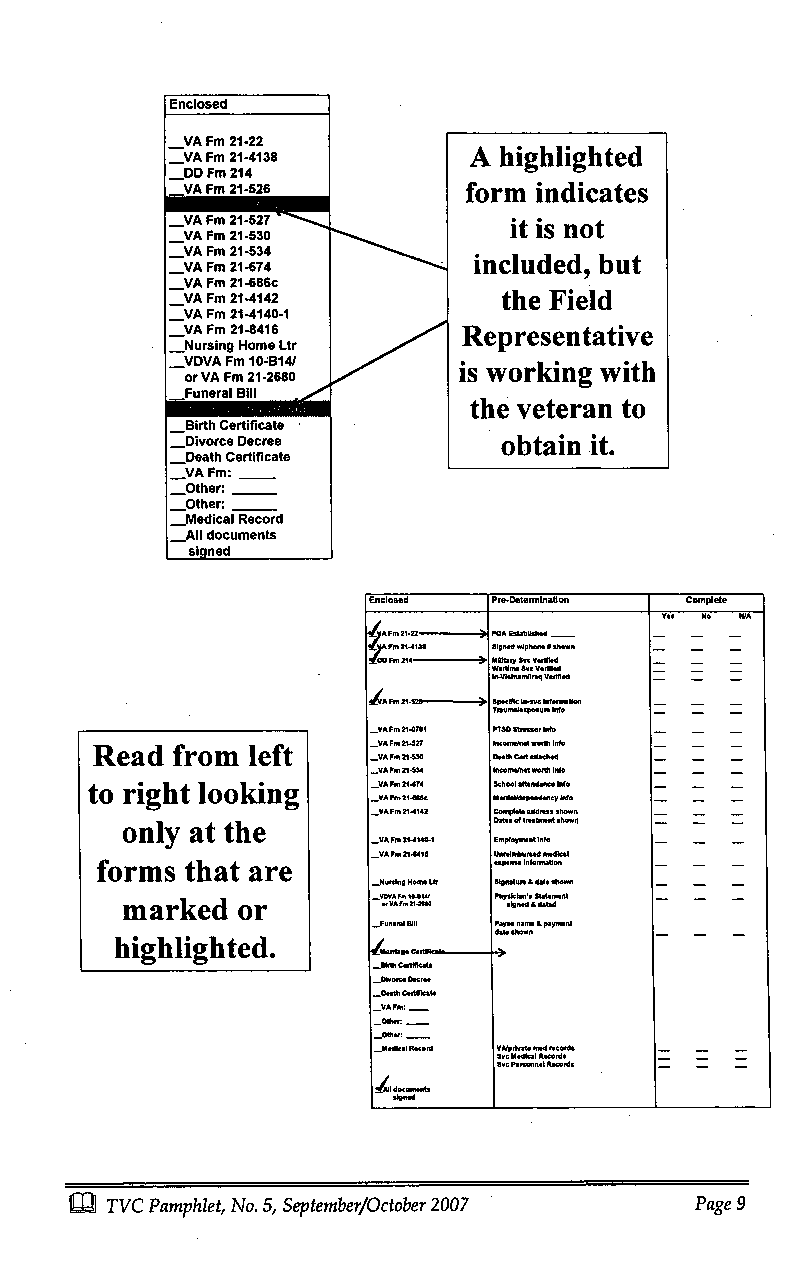
Enclosed
 VA Fm 21-22
 A highlighted
 VA Fm 21-4138
 _DD Fm 214
 VA Fm 21-526       form indicates
 VA Fm 21-527
 it is not
 VA Fm 21-530
 VA Fm 21-534
 included, but
 _VA Fm 21-674
 VA Fm 21-686c
 _VA Fm 21-4142        the Field
 -VA Fm 21-4140-1
 __VA Fm 21-8416     Representative
 -Nursing Home Ltr
 VDVA Fm 10-B14/
 is working with
 or VA Fm 21-2680
 Funeral Bill
 the veteran to
 Birth Certificate
 _Divorce Decree       obtain it.
 Death Certificate
 _VA Fm:
 _Other:
 _Other:
 _Medical Record
 _All documents
 signed
 Enclosed Pre-Determination Complete
 Yes No NIA
 4 A Fm 21-22 2 )0P0A Established
 Fm 214138 Signed phone 6 shown
 wM ali rlF tim e 0S Svy vci c VV eedd fled- -
 In-VietnamIraq Verified
 1-20 O
 A m   pelle ln-c onre,.oe
 TumFle2-pouoeInfo
 In
 VA Fm 21-0781 PTSD Strmss.1fo
 Read from left     VA Fm 21-527 Incomenet worthI nfo
 VAF21--3 --athCodattached
 VA Fm 21-534 IncomelnetlworthlInfo -
 to right looking   VA Fm 2174 Schoola ttendance Info
 - VV AA F Fm
 m2
 2 11 .44 16 46 2c M Cma. pbt leie tp ee dn rd ee sn sc y
 s
 hI on wfo
 n
 -_
 only at the
 _VA Fm2 14140-1 Employment info
 .VA Fm21-8418 Unreiseodendical
 forms that are
 _-Nursing Nome Wt Signature & d*astle~ lslhoolowenl- -
 marked  or       -N oO r VA A F Fm m 1 210 -. 28 U14 e1 0 Phy sc igia nn d's & S dat tt e.m d ent- -
 -Funeral III Payee name i payment
 highlighted.     /eeodag4 . - Cl r. .e-n - date shown ->
 _Birth CertMete
 _Divorce Decree
 Death Certificate
 VA Fm:
 -Other:
 -Other:
 .Med.I Record Vlpdvoet ..ed record s
 Svc Personnel Recods
 All
 siogcdulm~~en~tts
 0  TVC Pamphlet, No. 5, September/October 2007 Page 9